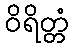
ဝိရိတ္တံ